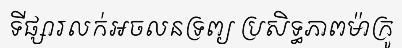
ទីផ្សារលក់អចលនទ្រព្យ ប្រសិទ្ធភាពម៉ាក្រូ